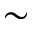
\sim